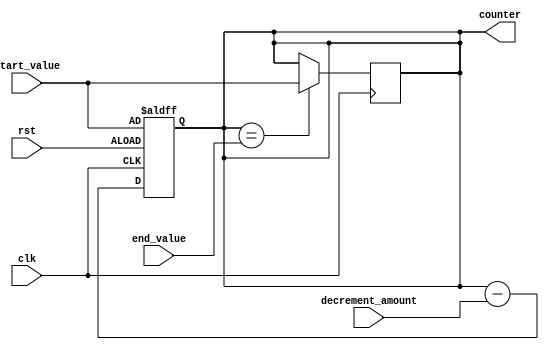
module decremental_for_loop (
    input wire clk,
    input wire rst,
    input wire [7:0] start_value,
    input wire [7:0] end_value,
    input wire [7:0] decrement_amount,
    output reg [7:0] counter
);

// Counter initialization
always @ (posedge clk or posedge rst)
begin
    if (rst)
        counter <= start_value;
    else
        counter <= counter - decrement_amount;
end

// Conditional statement to check end value
always @ (posedge clk)
begin
    if (counter == end_value)
        counter <= start_value;
end

// Loop body functionality
always @ (posedge clk)
begin
    // Your desired functionality here
end

endmodule